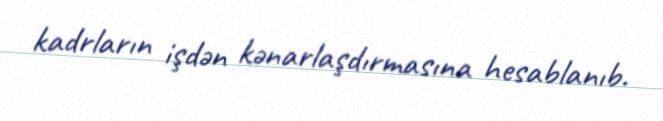
kadrların işdən kənarlaşdırmasına hesablanıb.